Lunatic asylums Madras 1892-1911 - 1892-1911
Year: 1892
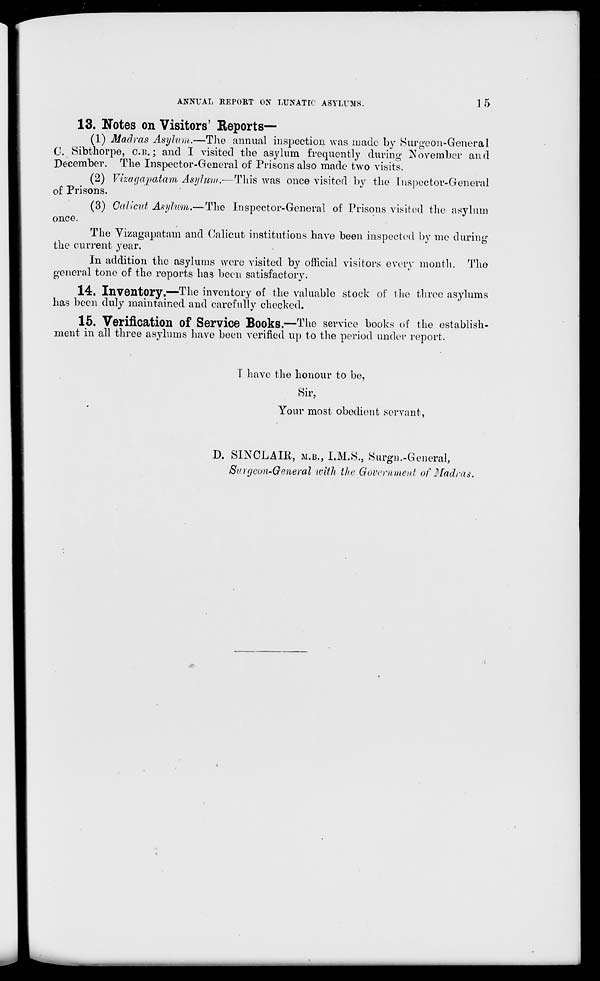
ANNUAL REPORT ON LUNATIC ASYLUMS.
15
13. Notes on Visitors' Beports—
(1) Madras Asylum.—The annual inspection was made by Surgeon-General
0. Sibthorpe, O.B.; and I visited the asylum frequently during November and
December. The Inspector-General of Prisons also made two visits.
(2) Vkaf/apatam Asylum.-—This was once visited by the Inspector-General
of Prisons.
(3) Calicut Asylum.—The Inspector-General of Prisons visited the asylum
once.
The Vizagapatam and Calicut institutions have been inspected by me during
the current year.
In addition the asylums were visited by official visitors every month. The
general tone of the reports has been satisfactory.
14. Inventory.—The inventory of the valuable stock of the three asylums
has been duly maintained and carefully checked.
15. Verification Of Service Books.—The service books of the establish-
ment in all three asylums have been verified up to the period under report.
I have the honour to be,
Sir,
Your most obedient servant,
D. SINCLAIR, M.B., I.M.S., Surgn.-General,
Surgeon-General with the. Government of Madras,
«